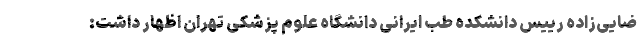
ضایی‌زاده رییس دانشکده طب ایرانی دانشگاه علوم پزشکی تهران اظهار داشت: